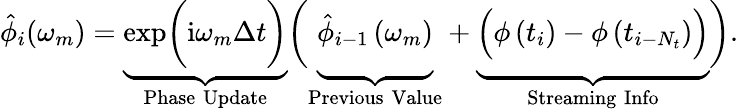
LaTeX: \hat{\phi}_{i}(\omega_{m})=\underbrace{\mathrm{exp}\bigg(\mathrm{i}\omega_{m}\Delta t\bigg)}_{\mathrm{Phase\; Update}}\bigg(\underbrace{\vphantom{\mathrm{exp}\bigg(\mathrm{i}\omega_{m}\Delta t\bigg)}\hat{\phi}_{i-1}\left(\omega_{m}\right)}_{\mathrm{Previous\; Value}}+\underbrace{\vphantom{\mathrm{exp}\bigg(\mathrm{i}\omega_{m}\Delta t\bigg)}\Big(\phi\left(t_{i}\right)-\phi\left(t_{i-N_{t}}\right)\Big)}_{\mathrm{Streaming\; Info}}\bigg).